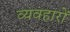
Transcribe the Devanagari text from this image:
व्यवहाराें